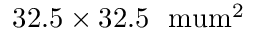
3 2 . 5 \times 3 2 . 5 ~ \mathrm { { \ m u m } ^ { 2 } }